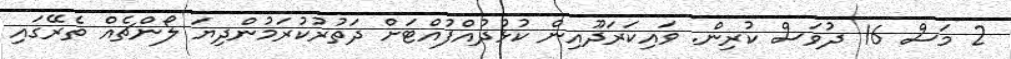
2 މަސް 16 ދުވަސް ކުރިން. ވައިކަރަދޫއިން ކުޅުދުއްފުއްޓަށް ދަތުރުކުރަމުންދިޔަ ލޯންޗެއް ތެރޭގައި